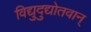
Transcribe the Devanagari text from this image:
विद्युदुद्योतवान्